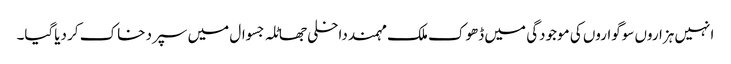
انہیں ہزاروں سوگواروں کی موجودگی میں ڈھوک ملک مہمند داخلی جھاٹلہ جسوال میں سپرد خاک کر دیاگیا۔